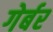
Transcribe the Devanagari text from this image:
गेर्बर